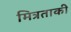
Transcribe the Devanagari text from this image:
मित्रताकी